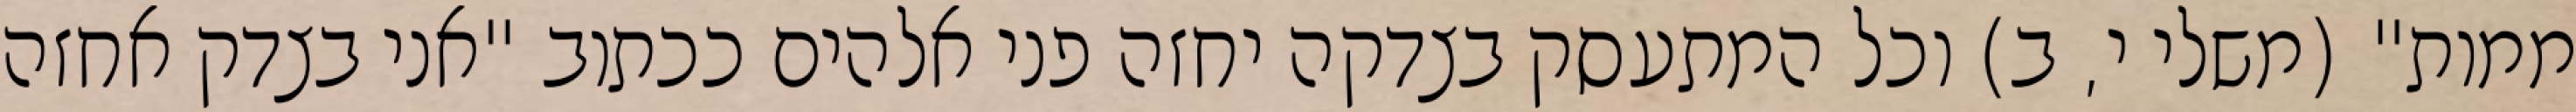
ממות" (משלי י, ב) וכל המתעסק בצדקה יחזה פני אלהים ככתוב "אני בצדק אחזה